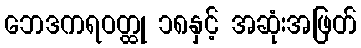
ဘေဒကရဝတ္ထု ၁၈နှင့် အဆုံးအဖြတ်